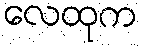
လေထုက